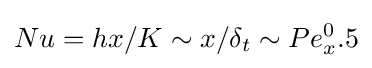
Nu=hx/K\sim x/\delta _{t}\sim Pe_{x}^{0}.5